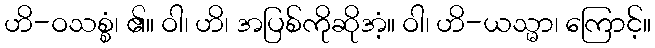
ဟိ-ဝသစ္စံ၊ ၏။ ဝါ၊ ဟိ၊ အပြစ်ကိုဆိုအံ့။ ဝါ၊ ဟိ-ယသ္မာ၊ ကြောင့်။